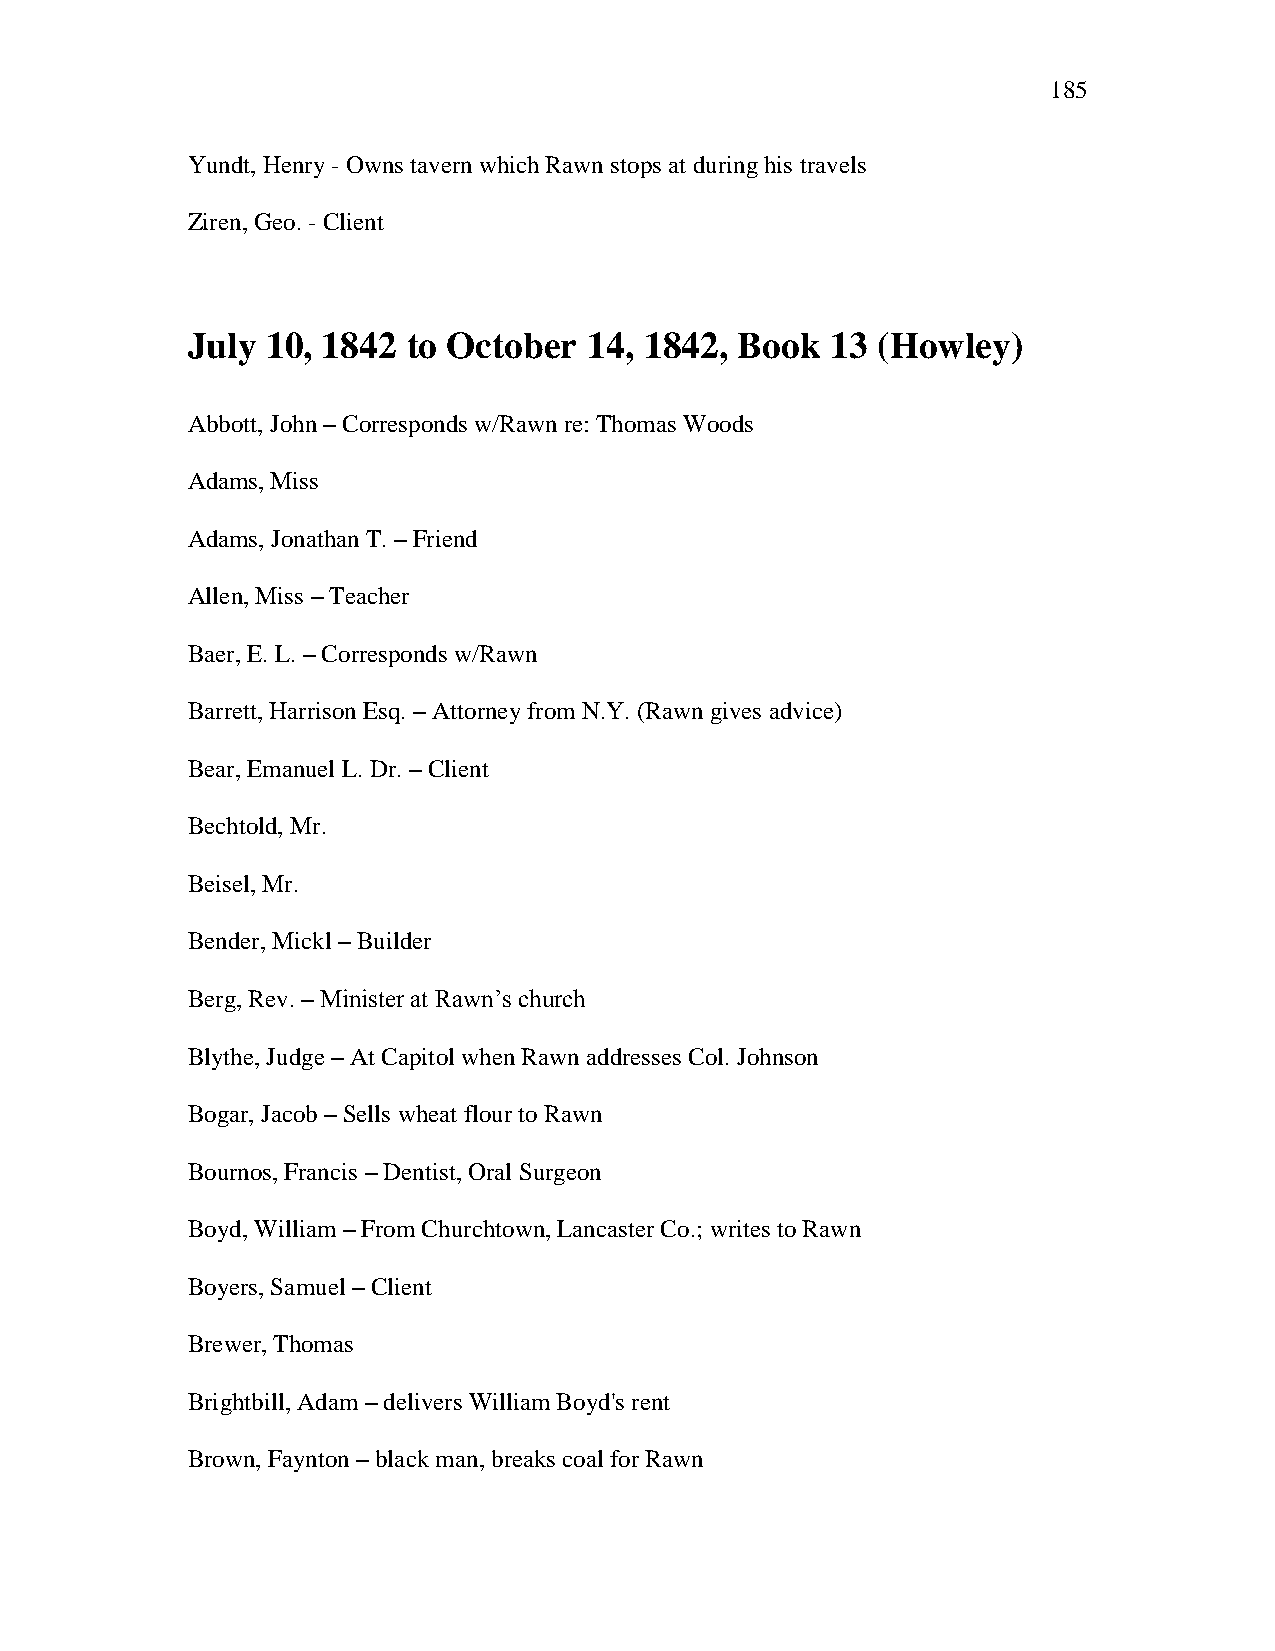
185
 Yundt, Henry - Owns tavern which Rawn stops at during his travels
 Ziren, Geo. - Client
 July  10, 1842 to October  14, 1842, Book  13 (Howley)
 Abbott, John – Corresponds w/Rawn re: Thomas Woods
 Adams, Miss
 Adams, Jonathan T. – Friend
 Allen, Miss – Teacher
 Baer, E. L. – Corresponds w/Rawn
 Barrett, Harrison Esq. – Attorney from N.Y. (Rawn gives advice)
 Bear, Emanuel L. Dr. – Client
 Bechtold, Mr.
 Beisel, Mr.
 Bender, Mickl – Builder
 Berg, Rev. – Minister at Rawn‘s church
 Blythe, Judge – At Capitol when Rawn addresses Col. Johnson
 Bogar, Jacob – Sells wheat flour to Rawn
 Bournos, Francis – Dentist, Oral Surgeon
 Boyd, William – From Churchtown, Lancaster Co.; writes to Rawn
 Boyers, Samuel – Client
 Brewer, Thomas
 Brightbill, Adam – delivers William Boyd's rent
 Brown, Faynton – black man, breaks coal for Rawn